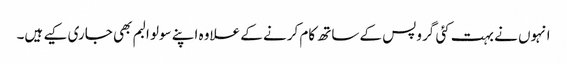
انہوں نے بہت کئی گروپس کے ساتھ کام کرنے کے علاوہ اپنے سولو البم بھی جاری کیے ہیں۔